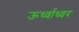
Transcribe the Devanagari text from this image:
ऊर्ध्वाध्वर